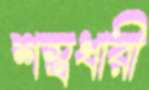
শস্ত্রধারী